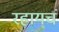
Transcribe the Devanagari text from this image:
रहायचं